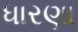
ધારણા